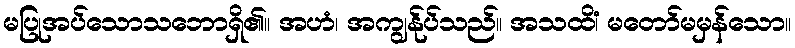
မပြုအပ်သောသဘောရှိ၏။ အဟံ၊ အကျွန်ုပ်သည်။ အသထိံ၊ မတော်မမှန်သော။